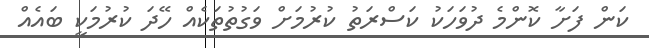
ކަން ފަށާ ކޮންމެ ދުވަހަކު ކަސްރަތު ކުރުމަށް ވަގުތުތަކެއް ހޭދަ ކުރުމަކީ ބައެއް